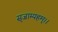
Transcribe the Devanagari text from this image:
सृजाम्यहम्।।